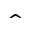
\hat { }